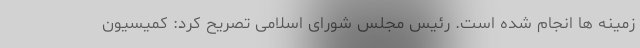
زمینه ها انجام شده است. رئیس مجلس شورای اسلامی تصریح کرد: کمیسیون